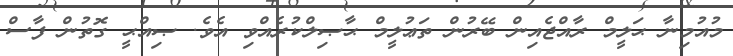
މުއުމިނާ ޙަލީމް ރާއްޖެއިން ބޭރުން ތަޢުލީމް ޙާޞިލްކުރެއްވި އެވެ. ޞިއްޙީ ގޮތުން ފާސް